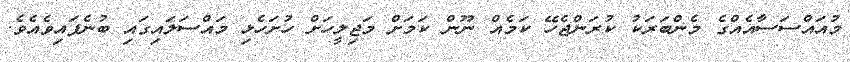
މުއައްސަސާއެއްގެ މެންބަރަކު ކުރަންޖެހޭ ކަމެއް ނޫން ކަމަށް މަޖިލީހަށް ހުށަހެޅި މައްސަލައިގައި ބުނެފައިވެއެވެ.